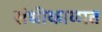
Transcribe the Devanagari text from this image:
संधीकाळात